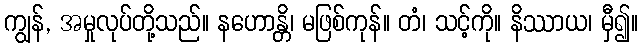
ကျွန်, အမှုလုပ်တို့သည်။ နဟောန္တိ၊ မဖြစ်ကုန်။ တံ၊ သင့်ကို။ နိဿာယ၊ မှီ၍။